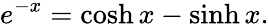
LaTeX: e^{-x}=\cosh x-\sinh x.